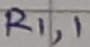
Text: R1,1